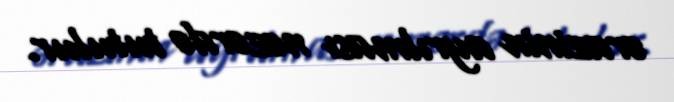
ərazinin ayrılması nəzərdə tutulur.